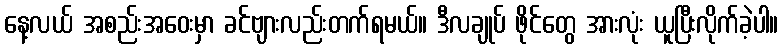
နေ့လယ် အစည်းအဝေးမှာ ခင်ဗျားလည်းတက်ရမယ်။ ဒီလချုပ် ဖိုင်တွေ အားလုံး ယူပြီးလိုက်ခဲ့ပါ။